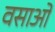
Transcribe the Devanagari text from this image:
वसाओ